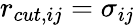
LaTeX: r_{cut,ij}=\sigma_{ij}